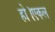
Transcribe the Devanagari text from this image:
हो।एकल